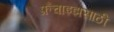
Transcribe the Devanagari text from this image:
फ्रँचाइझसाठी